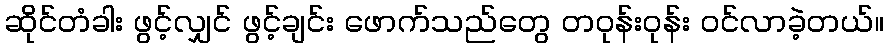
ဆိုင်တံခါး ဖွင့်လျှင် ဖွင့်ချင်း ဖောက်သည်တွေ တဝုန်းဝုန်း ဝင်လာခဲ့တယ်။